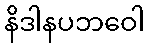
နိဒါနပဘဝေါ